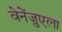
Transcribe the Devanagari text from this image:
वेनेंज़ुएला